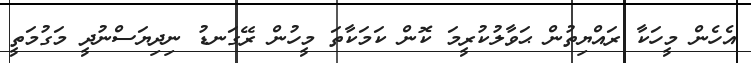
އެހެން މީހަކާ ރައްޔިތުން ޙަވާލުކުރީމަ ކޮން ކަމަކާތަ މީހުން ރޭގަނޑު ނިދިޔަސްނުދީ މަގުމަތީ